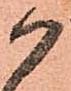
か